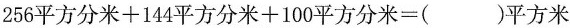
256平方分米+144平方分米+100平方分米=()平方米